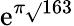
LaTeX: \mathrm{e}^{\pi{\sqrt{}{{163}}}}